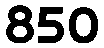
850